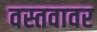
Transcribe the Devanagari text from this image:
वस्तवावर